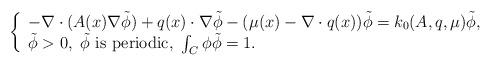
LaTeX: \begin{align*} \left\{\begin{array}{l}-\nabla \cdot (A(x)\nabla \tilde{\phi})+q(x)\cdot \nabla \tilde{\phi} -(\mu(x)-\nabla\cdot q(x))\tilde{\phi}=k_0(A,q,\mu)\tilde{\phi},\\\tilde{\phi}>0, \ \tilde{\phi} \ \hbox{is periodic}, \ \int_C\phi\tilde{\phi}=1.\\\end{array}\right. \end{align*}